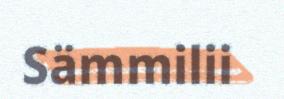
Sämmilii